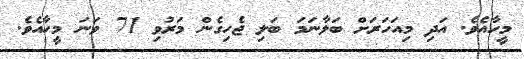
މީހާއެވެ. އަދި މިއަހަރަށް ބަލާނަމަ ބަލި ޖެހިގެން މަރުވި 71 ވަނަ މީހާއެވެ.